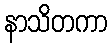
နာသိတကာ